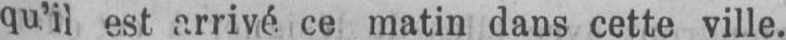
est arrivé ce matin dans cette ville.